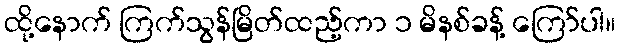
ထို့နောက် ကြက်သွန်မြိတ်ထည့်ကာ ၁ မိနစ်ခန့် ကြော်ပါ။